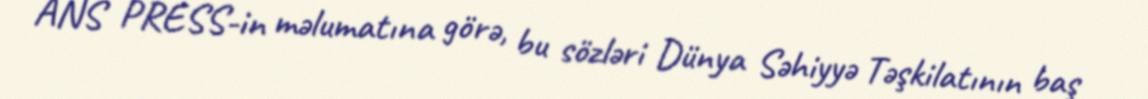
ANS PRESS-in məlumatına görə, bu sözləri Dünya Səhiyyə Təşkilatının baş